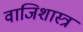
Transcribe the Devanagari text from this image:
वाजिशास्त्र